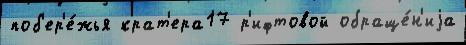
поб'ер'е́жья крат'ера17 р'ифтовой обраще́н'иjа